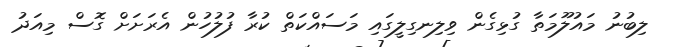
ލިބުނު މައުލޫމަތާ ގުޅިގެން ވިލިނގިލީގައި މަސައްކަތް ކުރާ ފުލުހުން އެރަށަށް ގޮސް މިއަދު